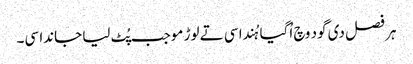
ہر فصل دی گود وچ اُگیا ہُندا سی تے لوڑ موجب پُٹ لیا جاندا سی۔